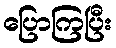
ပြောကြပြီး